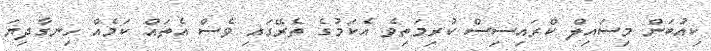
ކިއުބަން މިސައިލް ކްރައިސިސް ކުރިމަތިވެ އެކަމުގެ ތެރޭގައި ވެސް އެތައް ކަމެއް ހިނގާދިޔަ